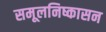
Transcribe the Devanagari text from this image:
समूलनिष्कासन